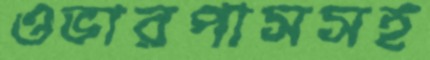
ওভারপাসসহ